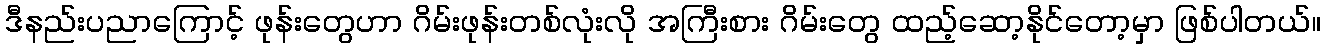
ဒီနည်းပညာကြောင့် ဖုန်းတွေဟာ ဂိမ်းဖုန်းတစ်လုံးလို အကြီးစား ဂိမ်းတွေ ထည့်ဆော့နိုင်တော့မှာ ဖြစ်ပါတယ်။